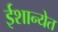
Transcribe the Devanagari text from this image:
ईशान्येत